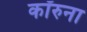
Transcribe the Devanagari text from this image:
कॉरुना